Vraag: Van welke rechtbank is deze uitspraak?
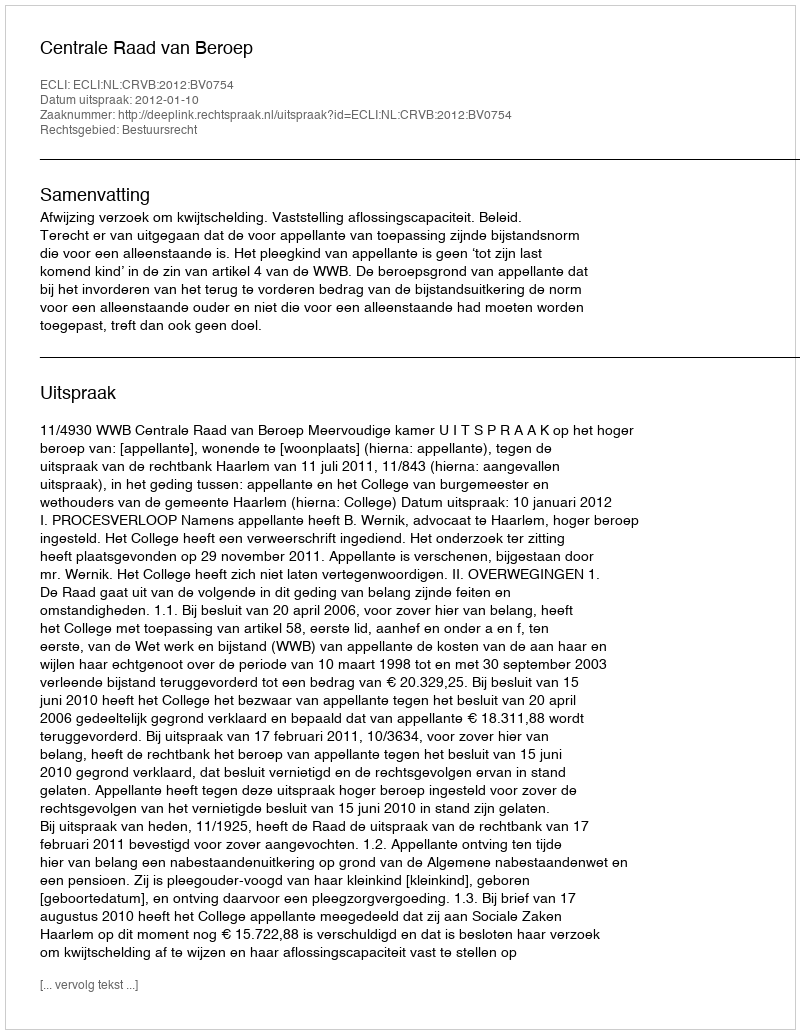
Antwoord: Centrale Raad van Beroep